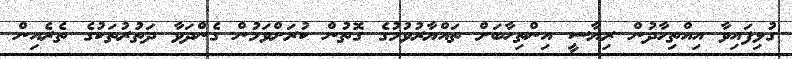
ގުޅިފައިވާ އިއްތިހާދުން ރިޔާސީ އިންތިހާބަށް ތައްޔާރުވުމުގެ ގޮތުން ކުރަށްވަމުން ގެންދަވާ ދަތުރުތަކުގެ ތެރެއިން